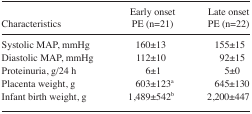
<table><thead><tr><td><b>Characteristics</b></td><td><b>Early onset PE (n=21)</b></td><td><b>Late onset PE (n=22)</b></td></tr></thead><tbody><tr><td>Systolic MAP, mmHg</td><td>160±13</td><td>155±15</td></tr><tr><td>Diastolic MAP, mmHg</td><td>112±10</td><td>92±15</td></tr><tr><td>Proteinuria, g/24 h</td><td>6±1</td><td>5±0</td></tr><tr><td>Placenta weight, g</td><td>603±123a</td><td>645±130</td></tr><tr><td>Infant birth weight, g</td><td>1,489±542b</td><td>2,200±447</td></tr></tbody></table>